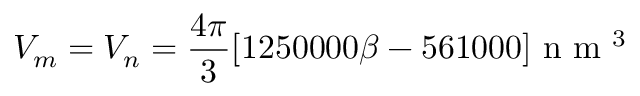
V _ { m } = V _ { n } = \frac { 4 \pi } { 3 } [ 1 2 5 0 0 0 0 \beta - 5 6 1 0 0 0 ] \mathrm { ~ n ~ m ~ } ^ { 3 }